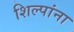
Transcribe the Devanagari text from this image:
शिल्पांना